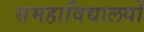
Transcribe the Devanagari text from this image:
समहाविद्यालयों